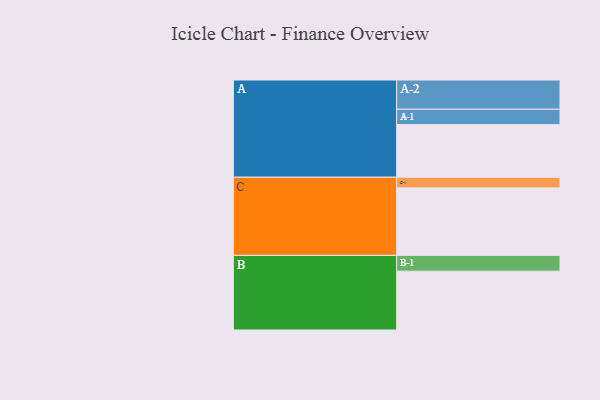
{"axis": {"x": "Segment", "y": "Value"}, "legend": ["", "A", "B", "C"], "data": [{"x": "A", "y": 384, "type": ""}, {"x": "B", "y": 429, "type": ""}, {"x": "C", "y": 492, "type": ""}, {"x": "A-1", "y": 112, "type": "A"}, {"x": "A-2", "y": 213, "type": "A"}, {"x": "B-1", "y": 115, "type": "B"}, {"x": "C-1", "y": 78, "type": "C"}]}